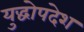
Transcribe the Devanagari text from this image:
युद्धोपदेश